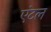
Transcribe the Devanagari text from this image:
एंटल